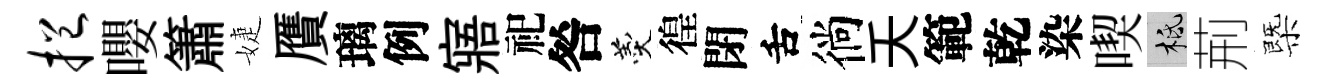
挹嚶簫婕贋璃例寤祀咎羹徨閉舌徜夭範乾染喫柢荊㮣